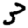
Digit: 3